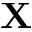
\mathbf { X }